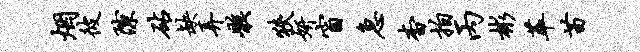
烟彼隙砧缺弄骸狭妍窗急杳拍丙彬萃苗